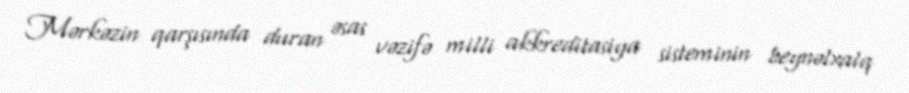
Mərkəzin qarşısında duran əsas vəzifə milli akkreditasiya sisteminin beynəlxalq